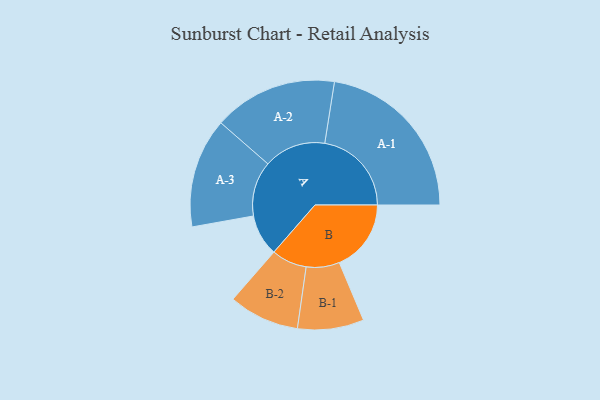
{"axis": {"x": "Segment", "y": "Value"}, "legend": ["", "A", "B"], "data": [{"x": "A", "y": 134, "type": ""}, {"x": "B", "y": 232, "type": ""}, {"x": "A-1", "y": 280, "type": "A"}, {"x": "A-2", "y": 200, "type": "A"}, {"x": "A-3", "y": 177, "type": "A"}, {"x": "B-1", "y": 107, "type": "B"}, {"x": "B-2", "y": 114, "type": "B"}]}